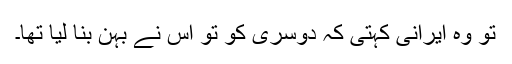
تو وہ ایرانی کہتی کہ دوسری کو تو اس نے بہن بنا لیا تھا۔